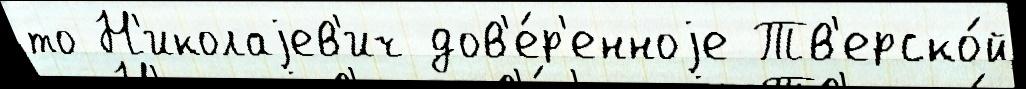
то Н'иколаjев'ич дов'е́р'енноjе Тв'ерско́й